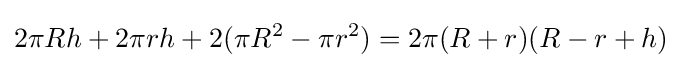
2\pi Rh+2\pi rh+2(\pi R^{2}-\pi r^{2})=2\pi (R+r)(R-r+h)